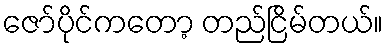
ဇော်ပိုင်ကတော့ တည်ငြိမ်တယ်။